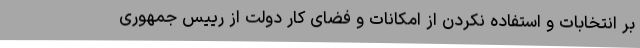
بر انتخابات و استفاده نکردن از امکانات و فضای کار دولت از رییس جمهوری